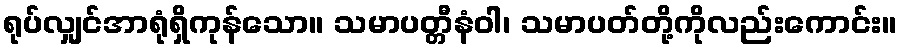
ရုပ်လျှင်အာရုံရှိကုန်သော။ သမာပတ္တီနံဝါ၊ သမာပတ်တို့ကိုလည်းကောင်း။